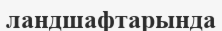
ландшафтарында